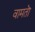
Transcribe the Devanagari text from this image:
वामतॊ